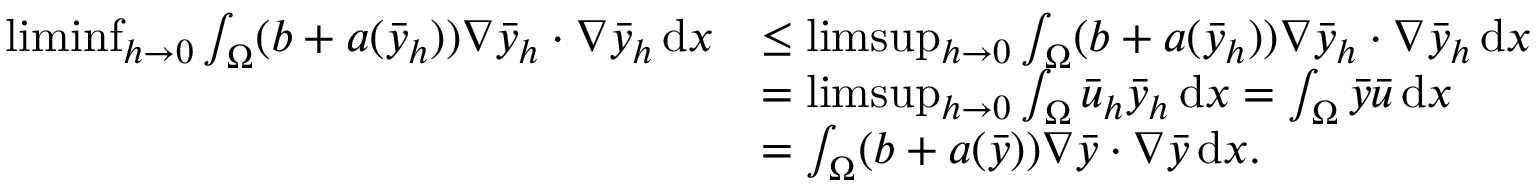
\begin{array} { r l } { \operatorname* { l i m i n f } _ { h \to 0 } \int _ { \Omega } ( b + a ( \bar { y } _ { h } ) ) \nabla \bar { y } _ { h } \cdot \nabla \bar { y } _ { h } \, \mathrm { d } x } & { \leq \operatorname* { l i m s u p } _ { h \to 0 } \int _ { \Omega } ( b + a ( \bar { y } _ { h } ) ) \nabla \bar { y } _ { h } \cdot \nabla \bar { y } _ { h } \, \mathrm { d } x } \\ & { = \operatorname* { l i m s u p } _ { h \to 0 } \int _ { \Omega } \bar { u } _ { h } \bar { y } _ { h } \, \mathrm { d } x = \int _ { \Omega } \bar { y } \bar { u } \, \mathrm { d } x } \\ & { = \int _ { \Omega } ( b + a ( \bar { y } ) ) \nabla \bar { y } \cdot \nabla \bar { y } \, \mathrm { d } x . } \end{array}